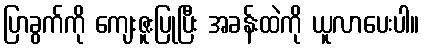
ပြာခွက်ကို ကျေးဇူးပြုပြီး အခန်းထဲကို ယူလာပေးပါ။